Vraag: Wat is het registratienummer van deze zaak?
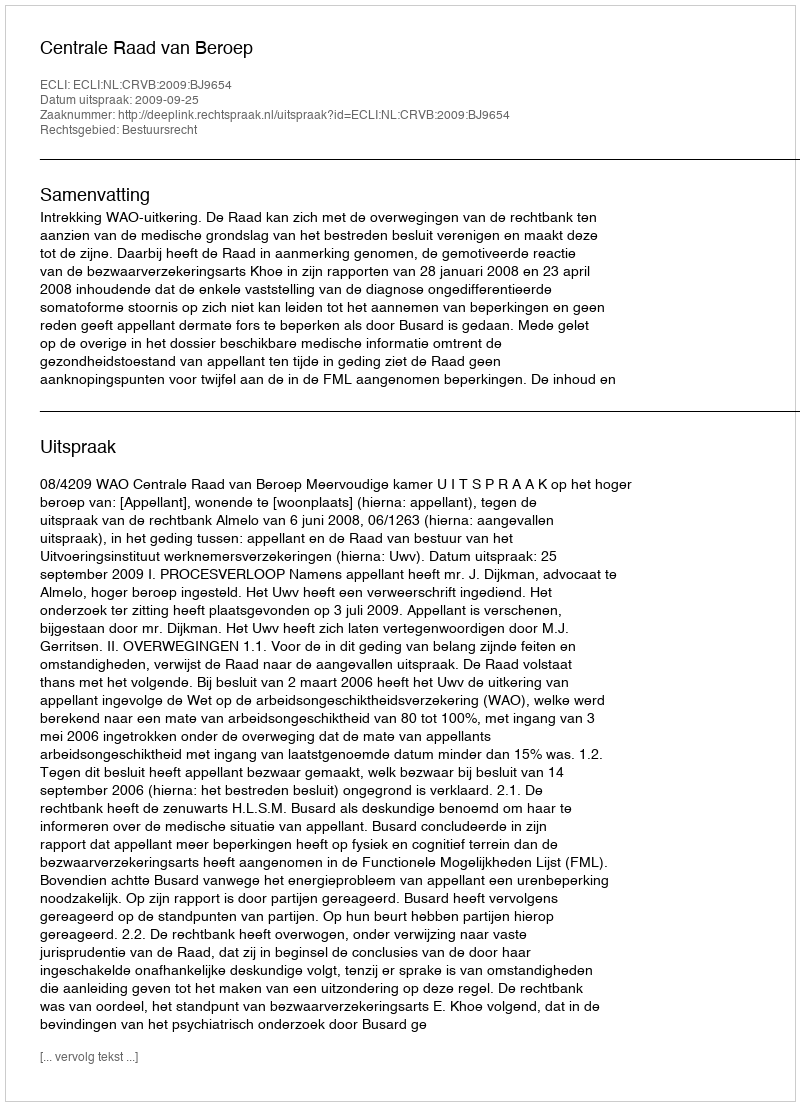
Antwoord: http://deeplink.rechtspraak.nl/uitspraak?id=ECLI:NL:CRVB:2009:BJ9654